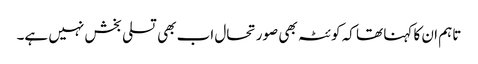
تاہم ان کا کہنا تھا کہ کوئٹہ بھی صورتحال اب بھی تسلی بخش نہیں ہے۔